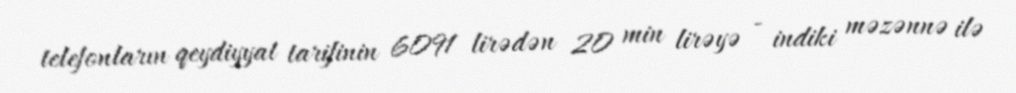
telefonların qeydiyyat tarifinin 6091 lirədən 20 min lirəyə - indiki məzənnə ilə